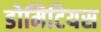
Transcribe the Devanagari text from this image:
डोमिटियस